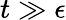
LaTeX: t\gg\epsilon